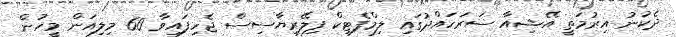
ދެކުނު އިރުމަތީ އޭޝިއާ ސަރަހައްދުގައި ލިމްފެޓިކް ފިލޭރިޔާސިސް ޖެހިފައިވާ 60 މިލިއަން މީހުން